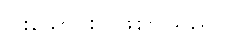
ငါးသောင်း) ဖြစ်ပါသည်။